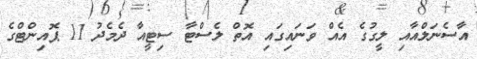
އާސެނަލްއާއި ލީގުގެ އެއް ވަނައިގައި އޮތް ލެސްޓާ ސިޓީއާ ދެމެދު 11 ޕޮއިންޓްގެ